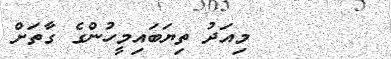
٢٤       މިއަދު ތިޔަބައިމީހުންގެ ގާތަށް